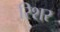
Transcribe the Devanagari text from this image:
रिशर